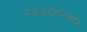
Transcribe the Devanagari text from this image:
२५५००७०